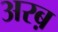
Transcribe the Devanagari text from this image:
अरब़